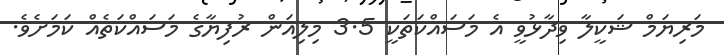
މަރިޔަމް ޝަކީލާ ވިދާޅުވީ އެ މަސައްކަތަކީ 3.5 މިލިއަން ރުފިޔާގެ މަސައްކަތެއް ކަމަށެވެ.